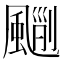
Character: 𩘃